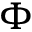
\Phi